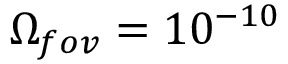
\Omega _ { f o v } = 1 0 ^ { - 1 0 }